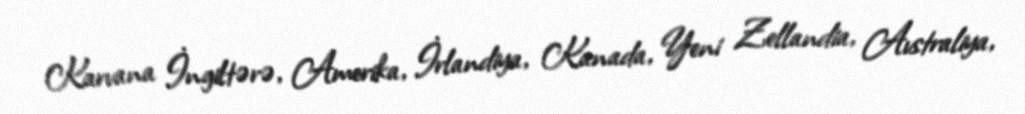
Karvana İngiltərə, Amerika, İrlandiya, Kanada, Yeni Zellandia, Avstraliya,